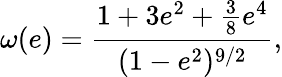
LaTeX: \omega(e)=\frac{1+3e^{2}+\frac{3}{8}e^{4}}{(1-e^{2})^{9/2}},